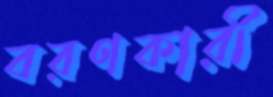
বরণকারী